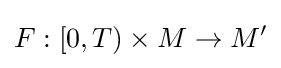
F:[0,T)\times M\to M'